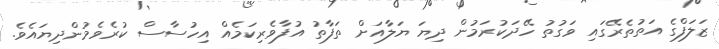
ޒަލަފްގެ އަތުތެރޭގައި ވަގުތު ހޭދަކުރަމުން ދިޔަ ޔަލާއަށް ތަފާތު އުފާވެރިކަމެއް އިހުސާސް ކުރެވެމުންދިޔައެވެ.